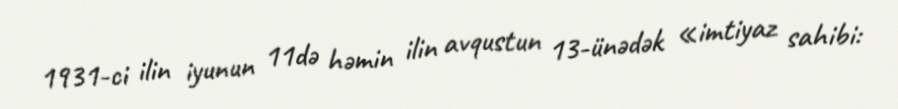
1931-ci ilin iyunun 11də həmin ilin avqustun 13-ünədək «imtiyaz sahibi: